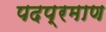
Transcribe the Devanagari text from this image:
पदप्रमाण